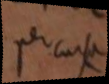
percursa